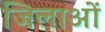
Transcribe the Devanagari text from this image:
जिलाओं